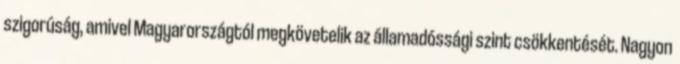
szigorúság, amivel Magyarországtól megkövetelik az államadóssági szint csökkentését. Nagyon